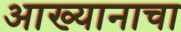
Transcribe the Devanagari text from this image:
आख्यानाचा